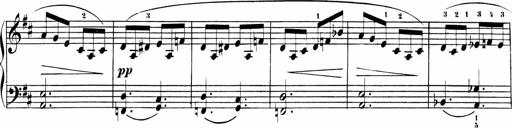
Title: Sonatinas
Composer: Andrew Violette